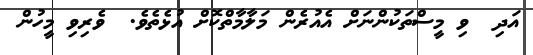
އަދި  ވި މީސްތަކުންނަށް އެއުރެން މަލާމާތްކޮށް އުޅެތެވެ.  ވެރިވި މީހުން